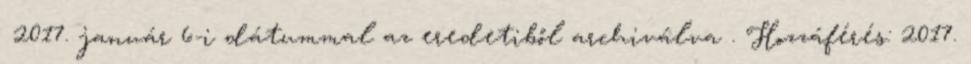
2017. január 6-i dátummal az eredetiből archiválva . Hozzáférés: 2017.